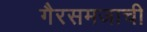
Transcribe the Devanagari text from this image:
गैरसमजाची